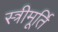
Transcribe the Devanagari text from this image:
स्त्रीमूर्ति